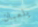
يلعبان